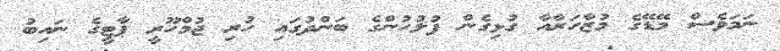
ނަމަވެސް މޭޑޭގެ މުޒާހަރާއާ ގުޅިގެން ފުލުހުންގެ ބަންދުގައި ހުރި ޖުމްހޫރީ ޕާޓީގެ ނައިބު